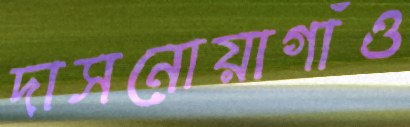
দাসনোয়াগাঁও